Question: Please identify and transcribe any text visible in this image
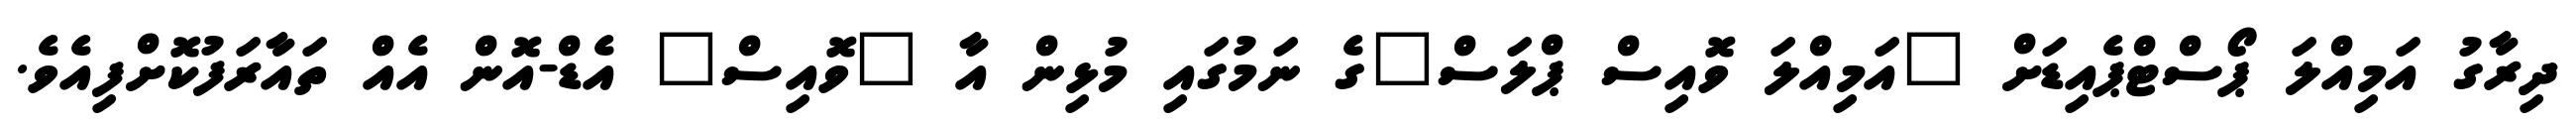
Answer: ދިރާގު އަމިއްލަ ޕޯސްޓްޕެއިޑަށް "އަމިއްލަ ވޮއިސް ޕްލަސް"ގެ ނަމުގައި މުޅިން އާ "ވޮއިސް" އެޑް-އޮން އެއް ތައާރަފުކޮށްފިއެވެ.